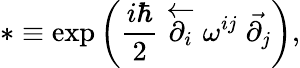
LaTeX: *\equiv\exp\left(\frac{i\hbar}{2}\stackrel{\leftarrow}{\partial_{i}}\omega^{ij}\stackrel{\rightarrow}{\partial_{j}}\right),